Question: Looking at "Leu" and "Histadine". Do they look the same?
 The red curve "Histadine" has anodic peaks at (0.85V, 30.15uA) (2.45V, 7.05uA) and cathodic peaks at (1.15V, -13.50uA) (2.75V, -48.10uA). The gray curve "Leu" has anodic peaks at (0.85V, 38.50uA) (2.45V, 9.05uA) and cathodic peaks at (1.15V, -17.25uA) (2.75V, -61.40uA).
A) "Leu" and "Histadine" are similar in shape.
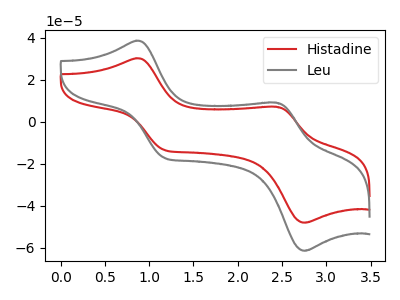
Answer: <think>All the peaks in "Leu" have a peak in "Histadine" at the same potential. Every peak in "Leu" is higher than every peak in "Histadine".
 </think>
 <answer>A) "Leu" and "Histadine" are similar in shape.</answer>
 <eval>A</eval>